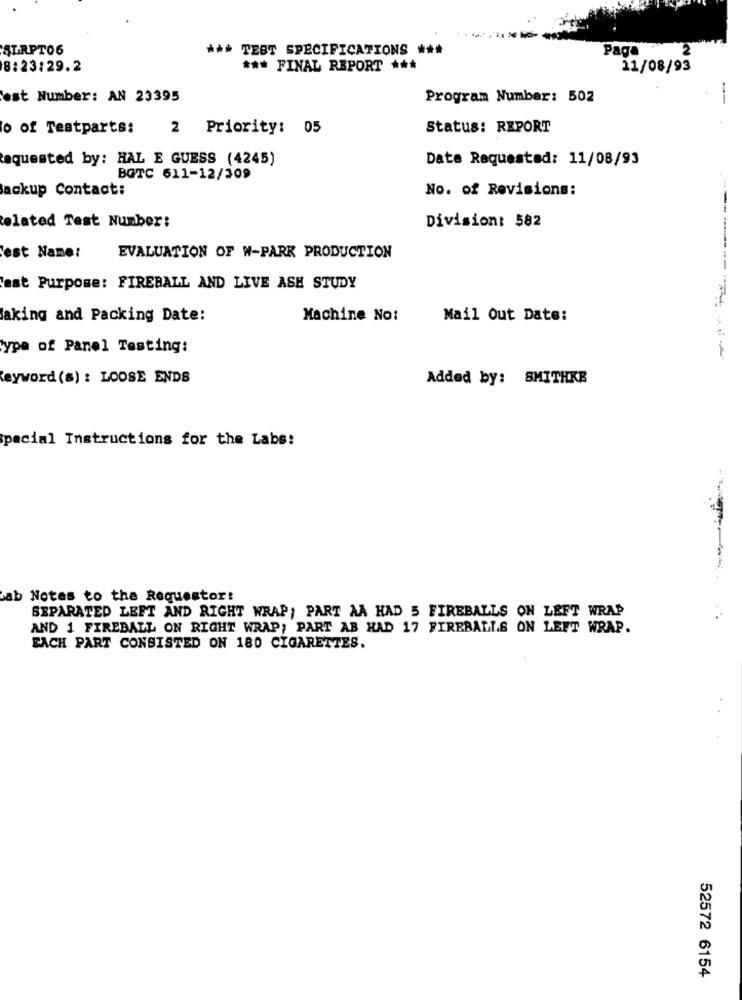
SLRPT06
*** TEST SPECIFICATIONS ***
Page
2
8:23:29.2
*** FINAL REPORT ***
11/08/93
est Number: AN 23395
Program Number: 502
o of Testparts:
2 Priority: 05
Status: REPORT
equested by: HAL E GUESS (4245)
Date Requested: 11/08/93
BGTC 611-12/309
Backup Contact:
No. of Revisions:
Division: 582
elated Test Number:
est Name:
EVALUATION OF W-PARK PRODUCTION
'est Purpose: FIREBALL AND LIVE ASH STUDY
aking and Packing Date:
Machine No:
Mail Out Date:
ypa of Panel Testing:
eyword (s) : LOOSE ENDS
Added by: SMITHKB
special Instructions for the Labs:
ab Notes to the Requestor!
SEPARATED LEFT AND RIGHT WRAP; PART AA HAD 5 FIREBALLS ON LEFT WRAP
AND 1 FIREBALL ON RIGHT WRAP; PART AB HAD 17 FIREBALLS ON LEFT WRAP.
EACH PART CONSISTED ON 180 CIGARETTES.
52572 6154